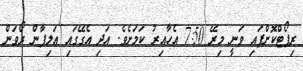
ރިޕޯޓްކޮށްފައި ވަނީ މިރޭ 7:50 އެހާއިރު ކަމަށެވެ. އަދި އެގޭގައި އަލިފާން ރޯވަން